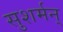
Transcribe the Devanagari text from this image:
सुशर्मन्